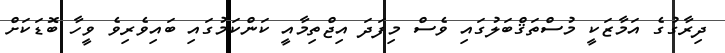
ދިރާގުގެ އަމާޒަކީ މުސްތަޤްބަލުގައި ވެސް މިފަދަ އިޖްތިމާއީ ކަންކަމުގައި ބައިވެރިވެ ވީހާ ބޮޑަކަށް